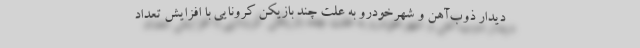
دیدار ذوب‌آهن و شهرخودرو به علت چند بازیکن کرونایی با افزایش تعداد